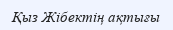
Қыз Жібектің ақтығы